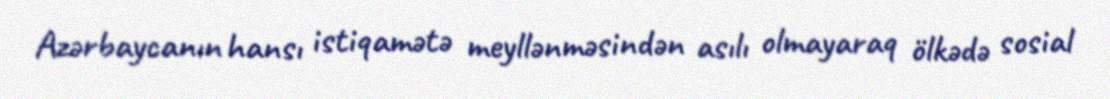
Azərbaycanın hansı istiqamətə meyllənməsindən asılı olmayaraq ölkədə sosial